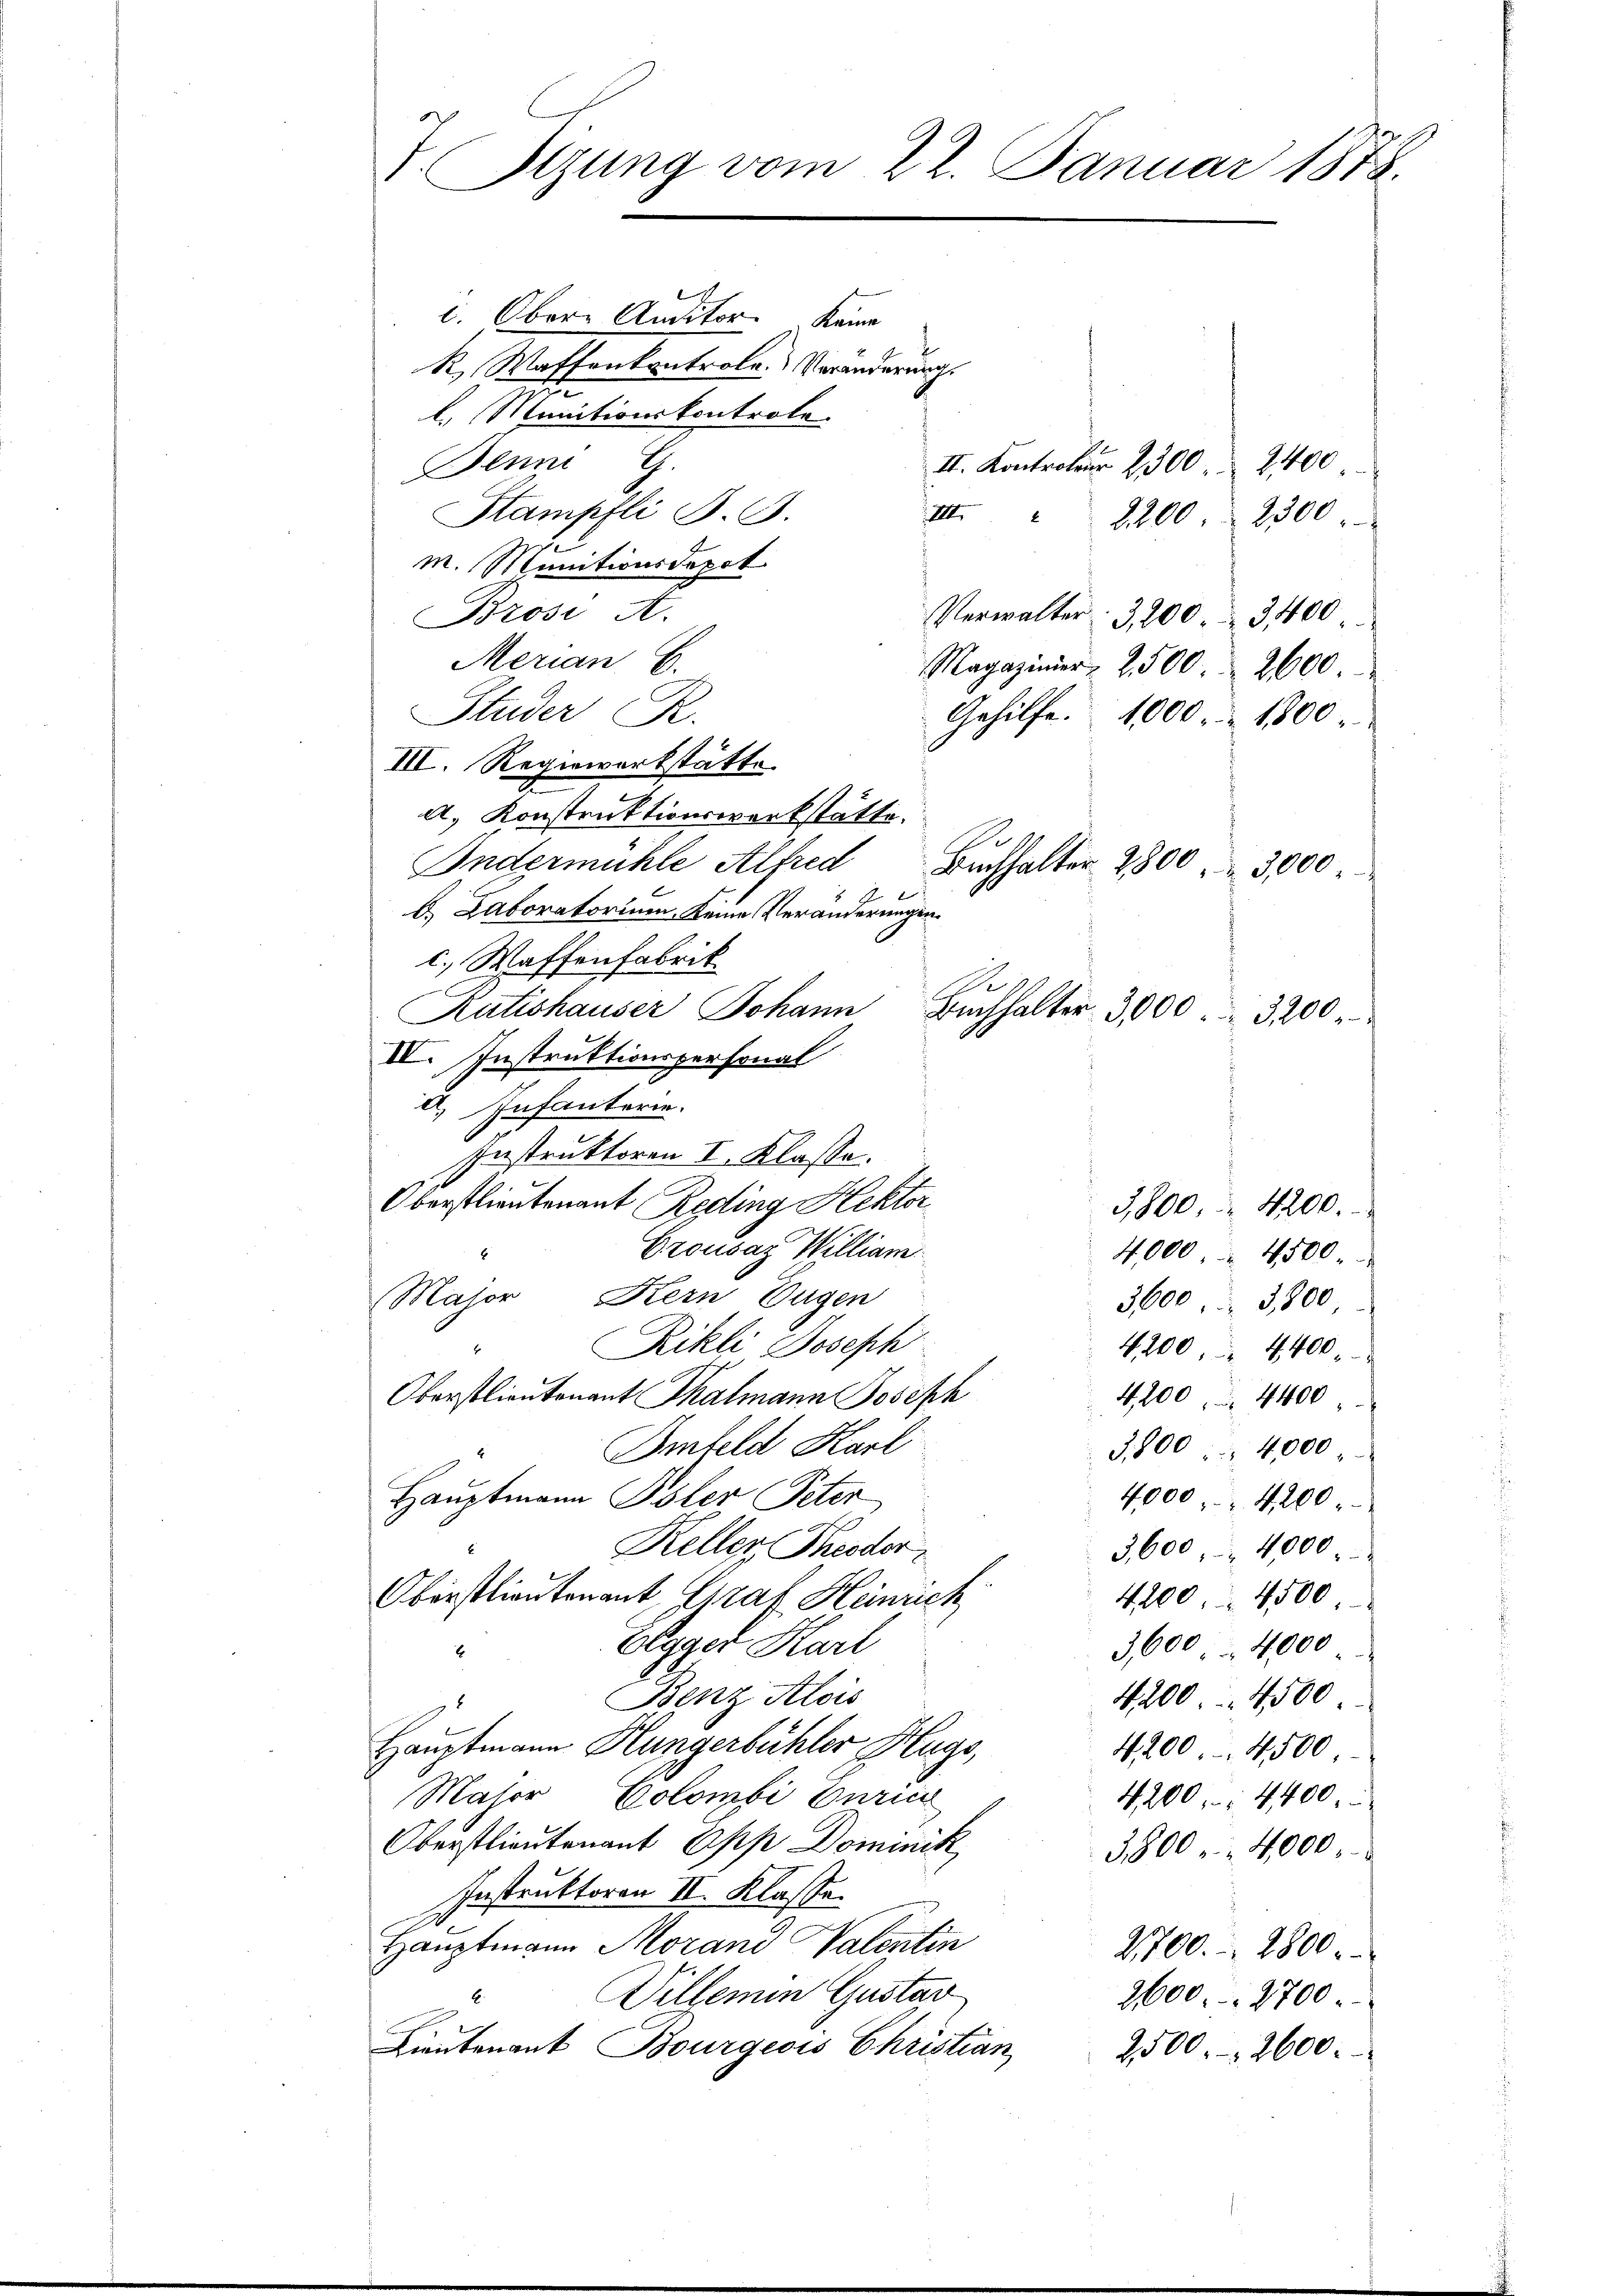
V. Sitzung vom 22. Januar 1878.

l. Obere Auditor Keine
k, Waffenkontrole. Veränderung.
l. Munitionskontrole.
II. Kontroleur 2300. 2400
Benni G.
Stampfli S. 6.
IIII. " 2200. 2300
M. Munitionsdepot
Brosi A.
Verwalter: 3,200. 3400
Merian B.
Magazinier, 2500. 2600.
Studer R.
Gehilfe. 1000. 1800.
III. Regiewerkstätte.
A. Konstruktionswerkstätte.
De
Indermühle Alfred
Buchhalter 2800  3000
b. Laboratorium. Keine Veränderungen.
c. Waffenfabrik
G
Rutishauser Johann
IV. Instruktionspersonal
2. Infanterie.
Instruktoren I. Klasse.
Oberstlieutenant Reding Hektor
Crousaz William
6
4,000. 4500
Major Kern Eugen
3600. 3800
Rikli Joseph
4. 200. 4400
Oberstlieutenant Thalmann Joseph
4,200. 4400
Imfeld Karl
3,800    4,000
Hauptmann Pöler Peter
4,000. 4200
Keller Theodor
3,600. 4000.
Oberstlieutenant Graf Heinrich
4200. 4500
Elgger Karl
3,600. 4000
2
Benz Alois
4200. 4500
Hauptmann Hungerbühler Hugo,
4,200. 4500
Maser Colombi Curiic
4200. 4400
Oberstlieutenant Opp Dominik
3,800 - 4000.
Instruktoren II. Klasse.
Hauptmann Morand Valentin
2700. 2800
Willemin Gustav
E
2,600. 2700
Lieutenant Bourgeois Christian
2500. 2600.

Buchhalter 3000. 3200

3,800  4200.